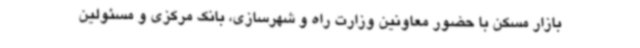
بازار مسکن با حضور معاونین وزارت راه و شهرسازی، بانک مرکزی و مسئولین